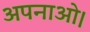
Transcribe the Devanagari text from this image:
अपनाओ।